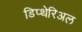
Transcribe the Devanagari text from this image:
डिप्थेरिअल